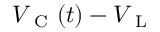
V _ { \mathrm { ~ C ~ } } ( t ) - V _ { \mathrm { ~ L ~ } }